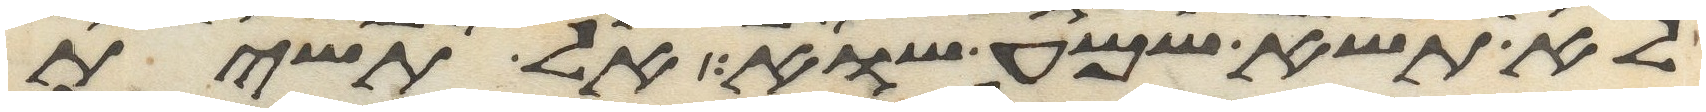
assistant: לא תשא שמע שוא אל תשית